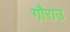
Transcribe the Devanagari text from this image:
गौराउ